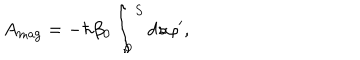
A _ { \mathrm { m a g } } = - \hbar \beta _ { 0 } \int _ { 0 } ^ { S } d s \varphi ^ { \prime } ,